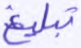
تبلغ